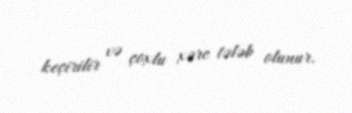
keçirilir və çoxlu xərc tələb olunur.